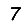
Digit: 7